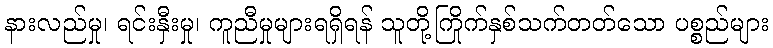
နားလည်မှု၊ ရင်းနှီးမှု၊ ကူညီမှုများရရှိရန် သူတို့ကြိုက်နှစ်သက်တတ်သော ပစ္စည်များ